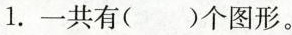
1.一共有()个图形。